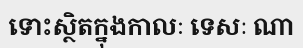
ទោះស្ថិតក្នុងកាលៈ ទេសៈ ណា